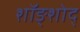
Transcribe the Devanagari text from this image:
शॉङ्शोद्